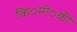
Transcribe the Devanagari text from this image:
कि०मी०की